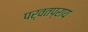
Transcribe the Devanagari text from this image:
पर्वतप्राय